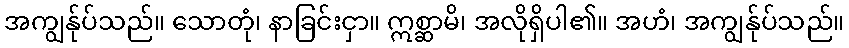
အကျွန်ုပ်သည်။ သောတုံ၊ နာခြင်းငှာ။ ဣစ္ဆာမိ၊ အလိုရှိပါ၏။ အဟံ၊ အကျွန်ုပ်သည်။